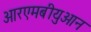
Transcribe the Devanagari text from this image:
आरएमबीयुआन